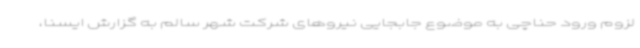
لزوم ورود حناچی به موضوع جابجایی نیروهای شرکت شهر سالم به گزارش ایسنا،